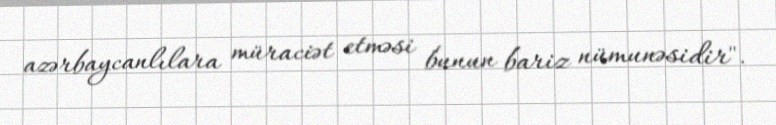
azərbaycanlılara müraciət etməsi bunun bariz nümunəsidir".